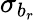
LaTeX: \sigma_{b_{r}}